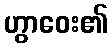
ဟွာဝေး၏